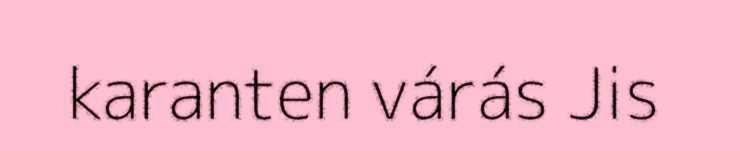
karanten várás Jis